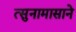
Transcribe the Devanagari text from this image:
त्सुनामासाने